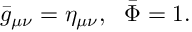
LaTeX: { \bar { g } } _ { \mu \nu } = \eta _ { \mu \nu } , ~ ~ { \bar { \Phi } } = 1 .